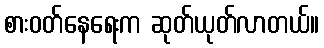
စားဝတ်နေရေးက ဆုတ်ယုတ်လာတယ်။